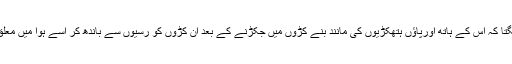
کبھی اسے یہ لگتا کہ اس کے ہاتھ اورپاؤں ہتھکڑیوں کی مانند بنے کڑوں میں جکڑنے کے بعد ان کڑوں کو رسیوں سے باندھ کر اسے ہوا میں معلق کر دیا گیا ہو۔